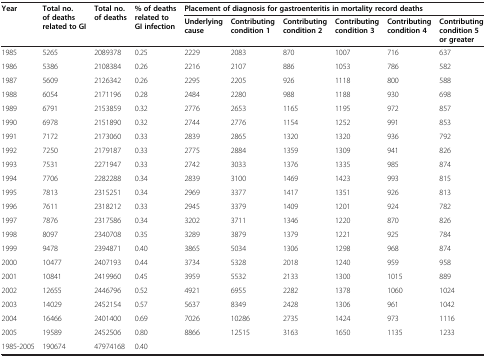
<table><thead><tr><td rowspan="2"><b>Year</b></td><td rowspan="2"><b>Total no. of deaths related to GI</b></td><td rowspan="2"><b>Total no. of deaths</b></td><td rowspan="2"><b>% of deaths related to GI infection</b></td><td colspan="6"><b>Placement of diagnosis for gastroenteritis in mortality record deaths</b></td></tr><tr><td><b>Underlying cause</b></td><td><b>Contributing condition 1</b></td><td><b>Contributing condition 2</b></td><td><b>Contributing condition 3</b></td><td><b>Contributing condition 4</b></td><td><b>Contributing condition 5 or greater</b></td></tr></thead><tbody><tr><td>1985</td><td>5265</td><td>2089378</td><td>0.25</td><td>2229</td><td>2083</td><td>870</td><td>1007</td><td>716</td><td>637</td></tr><tr><td>1986</td><td>5386</td><td>2108384</td><td>0.26</td><td>2216</td><td>2107</td><td>886</td><td>1053</td><td>786</td><td>582</td></tr><tr><td>1987</td><td>5609</td><td>2126342</td><td>0.26</td><td>2295</td><td>2205</td><td>926</td><td>1118</td><td>800</td><td>588</td></tr><tr><td>1988</td><td>6054</td><td>2171196</td><td>0.28</td><td>2484</td><td>2280</td><td>988</td><td>1188</td><td>930</td><td>698</td></tr><tr><td>1989</td><td>6791</td><td>2153859</td><td>0.32</td><td>2776</td><td>2653</td><td>1165</td><td>1195</td><td>972</td><td>857</td></tr><tr><td>1990</td><td>6978</td><td>2151890</td><td>0.32</td><td>2744</td><td>2776</td><td>1154</td><td>1252</td><td>991</td><td>853</td></tr><tr><td>1991</td><td>7172</td><td>2173060</td><td>0.33</td><td>2839</td><td>2865</td><td>1320</td><td>1320</td><td>936</td><td>792</td></tr><tr><td>1992</td><td>7250</td><td>2179187</td><td>0.33</td><td>2775</td><td>2884</td><td>1359</td><td>1309</td><td>941</td><td>826</td></tr><tr><td>1993</td><td>7531</td><td>2271947</td><td>0.33</td><td>2742</td><td>3033</td><td>1376</td><td>1335</td><td>985</td><td>874</td></tr><tr><td>1994</td><td>7706</td><td>2282288</td><td>0.34</td><td>2839</td><td>3100</td><td>1469</td><td>1423</td><td>993</td><td>815</td></tr><tr><td>1995</td><td>7813</td><td>2315251</td><td>0.34</td><td>2969</td><td>3377</td><td>1417</td><td>1351</td><td>926</td><td>813</td></tr><tr><td>1996</td><td>7611</td><td>2318212</td><td>0.33</td><td>2945</td><td>3379</td><td>1409</td><td>1201</td><td>924</td><td>782</td></tr><tr><td>1997</td><td>7876</td><td>2317586</td><td>0.34</td><td>3202</td><td>3711</td><td>1346</td><td>1220</td><td>870</td><td>826</td></tr><tr><td>1998</td><td>8097</td><td>2340708</td><td>0.35</td><td>3289</td><td>3879</td><td>1379</td><td>1221</td><td>925</td><td>784</td></tr><tr><td>1999</td><td>9478</td><td>2394871</td><td>0.40</td><td>3865</td><td>5034</td><td>1306</td><td>1298</td><td>968</td><td>874</td></tr><tr><td>2000</td><td>10477</td><td>2407193</td><td>0.44</td><td>3734</td><td>5328</td><td>2018</td><td>1240</td><td>959</td><td>958</td></tr><tr><td>2001</td><td>10841</td><td>2419960</td><td>0.45</td><td>3959</td><td>5532</td><td>2133</td><td>1300</td><td>1015</td><td>889</td></tr><tr><td>2002</td><td>12655</td><td>2446796</td><td>0.52</td><td>4921</td><td>6955</td><td>2282</td><td>1378</td><td>1060</td><td>1024</td></tr><tr><td>2003</td><td>14029</td><td>2452154</td><td>0.57</td><td>5637</td><td>8349</td><td>2428</td><td>1306</td><td>961</td><td>1042</td></tr><tr><td>2004</td><td>16466</td><td>2401400</td><td>0.69</td><td>7026</td><td>10286</td><td>2735</td><td>1424</td><td>973</td><td>1116</td></tr><tr><td>2005</td><td>19589</td><td>2452506</td><td>0.80</td><td>8866</td><td>12515</td><td>3163</td><td>1650</td><td>1135</td><td>1233</td></tr><tr><td>1985-2005</td><td>190674</td><td>47974168</td><td>0.40</td><td></td><td></td><td></td><td></td><td></td><td></td></tr></tbody></table>